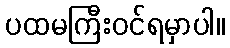
ပထမကြီးဝင်ရမှာပါ။